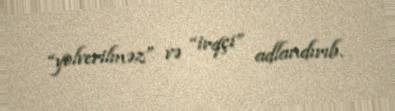
“yolverilməz” və “irqçi” adlandırıb.